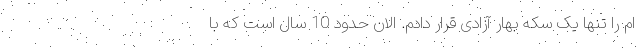
ام را تنها یک سکه بهار آزادی قرار دادم. الان حدود 10 سال است که با